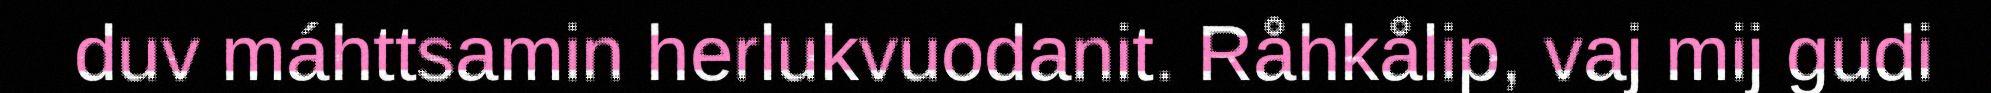
duv máhttsamin herlukvuodanit. Råhkålip, vaj mij gudi